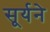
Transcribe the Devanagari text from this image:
सूर्यने